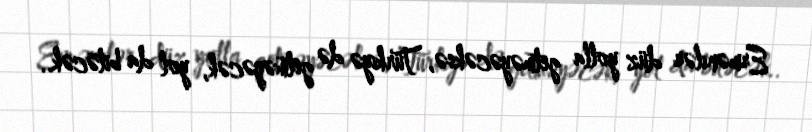
Ermənilər düz yolla getməyəcəksə, Türkiyə də getməyəcək, yol da bitəcək..